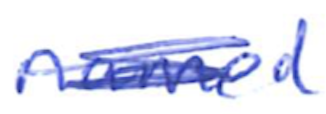
Text: named
Cross-out: mix
Writing tool: ballpoint